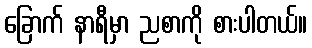
ခြောက် နာရီမှာ ညစာကို စားပါတယ်။